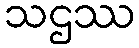
သဌဿ